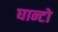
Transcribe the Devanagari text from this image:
घान्टो